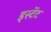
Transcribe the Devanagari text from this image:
इस्टेंट